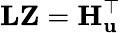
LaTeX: \mathbf{L}\mathbf{Z}=\mathbf{H}_{\mathbf{u}}^{\top}